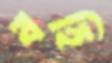
বহি